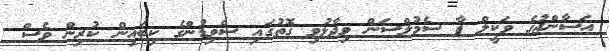
އަސާންޖުގެ ވަކީލް ޕާ ސެމުލްސަން ވިދާޅުވި ގޮތުގައި ސްވިޑުންގެ ކިބައިން ކުރިން ވެސް